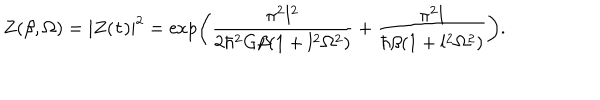
Z ( \beta , \Omega ) = | Z ( \tau ) | ^ { 2 } = \exp \left( \frac { \pi ^ { 2 } l ^ { 2 } } { 2 \hbar ^ { 2 } G \beta ( 1 + l ^ { 2 } \Omega ^ { 2 } ) } + \frac { \pi ^ { 2 } l } { \hbar \beta ( 1 + l ^ { 2 } \Omega ^ { 2 } ) } \right) .